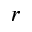
r